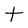
Character: t